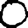
Digit: 0